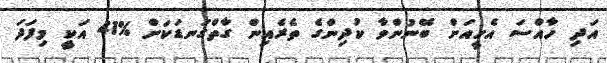
އަދި ހާއްސަ އެހީއަށް ބޭނުންވާ ކުދިންގެ ތެރެއިން ގާތްގަނޑަކަށް %41 އަކީ މިފަދަ